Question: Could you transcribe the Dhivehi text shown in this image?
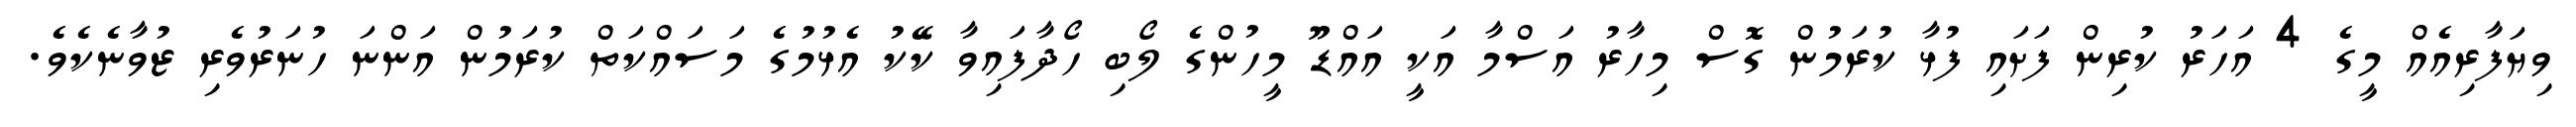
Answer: ވިޔަފާރިއެއް މީގެ 4 އަހަރު ކުރިން ފަށައި ފުޅާ ކުރަމުން ގޮސް މިހާރު އަސްމާ އަކީ އައްޑޫ މީހުންގެ ލޯބި ހޯދާފައިވާ ކޭކު އެޅުމުގެ މަސައްކަތް ކުރަމުން އަންނަ ހުނަރުވެރި ޒުވާނެކެވެ.